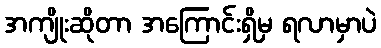
အကျိုးဆိုတာ အကြောင်းရှိမှ ရလာမှာပဲ